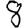
Digit: 8